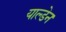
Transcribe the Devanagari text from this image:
याल्डेन